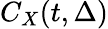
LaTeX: C_{X}(t,\Delta)